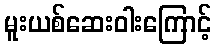
မူးယစ်ဆေးဝါးကြောင့်